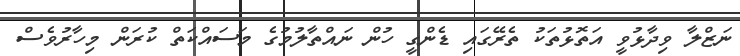
ނަޒްލާ ވިދާޅުވީ އަތޮޅުތަކު ތެރޭގައި ޑެންގީ ހުން ނައްތާލުމުގެ މަސައްކަތް ކުރަން މިހާރުވެސް